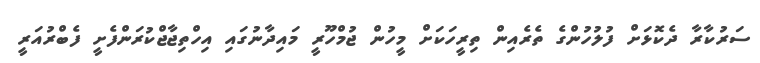
ސަރުކާރާ ދެކޮޅަށް ފުލުހުންގެ ތެރެއިން ތިރީހަކަށް މީހުން ޖުމްހޫރީ މައިދާނުގައި އިހްތިޖާޖްކުރަންފެށީ ފެބްރުއަރީ